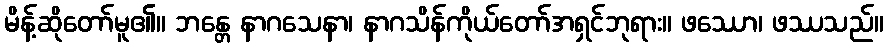
မိန့်ဆိုတော်မူ၏။ ဘန္တေ နာဂသေနာ၊ နာဂသိန်ကိုယ်တော်အရှင်ဘုရား။ ဖဿော၊ ဖဿသည်။